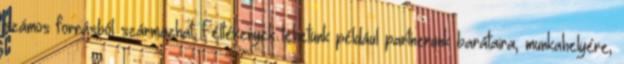
számos forrásból származhat. Féltékenyek lehetünk például partnerünk barátaira, munkahelyére,